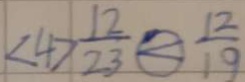
< 4 > \frac { 1 2 } { 2 3 } \textcircled { < } \frac { 1 2 } { 1 9 }